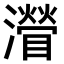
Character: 𤁽